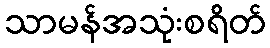
သာမန်အသုံးစရိတ်